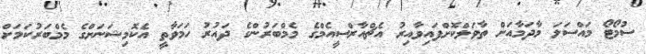
ސުމޯޓޯ މައްސަލަ މާދަމާއަށް ތާވަލްކޮށްފައިވާއިރު އެޗްއާރްސީއެމްގެ މެމްބަރުންގެ ދައުރު ހަމަވާތީ އެކޮމިޝަނަށްގެ މެމްބަރުކަމަށް